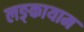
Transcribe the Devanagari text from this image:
लङ्कायाम